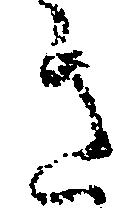
き